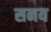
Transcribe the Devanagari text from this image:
सनय